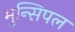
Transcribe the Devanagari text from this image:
मुन्सिपल